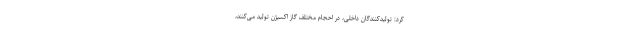
کرد: تولیدکنندگان داخلی، در احجام مختلف گاز اکسیژن تولید می‌کنند،